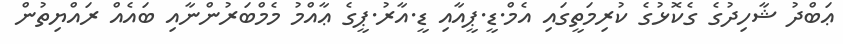
ޢަބްދު ޝާހިދުގެ ގެކޮޅުގެ ކުރިމަތީގައި އެމް.ޑީ.ޕީއާއި ޑީ.އާރު.ޕީގެ ޢާއްމު މެމްބަރުންނާއި ބައެއް ރައްޔިތުން